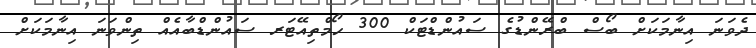
ދެވަނަ އިނާމަކަށް ބޯސް ބްރޭންޑުގެ ސައުންޑްޓަކް 300 ހޯމްތިއޭޓަރ ސައުންޑްބާއެއް ތިންވަނަ އިނާމަކަށް